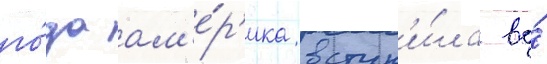
го́да ам'е́р'ика вступ'и́ла во́